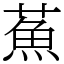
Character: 䔡